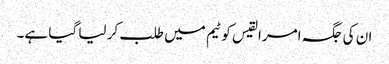
ان کی جگہ امرالقیس کو ٹیم میں طلب کر لیا گیا ہے۔